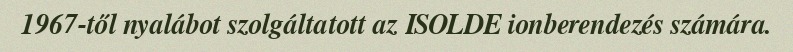
1967-től nyalábot szolgáltatott az ISOLDE ionberendezés számára.